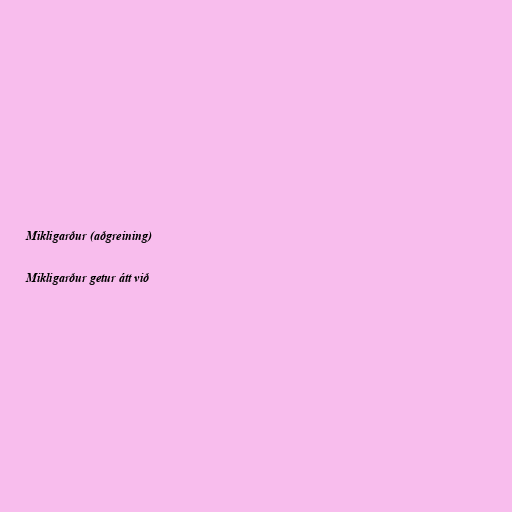
Mikligarður (aðgreining)

Mikligarður getur átt við